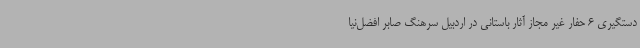
دستگیری 6 حفار غیر مجاز آثار باستانی در اردبیل سرهنگ صابر افضل‌نیا